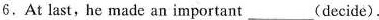
6.At last, he made an important___(decide).